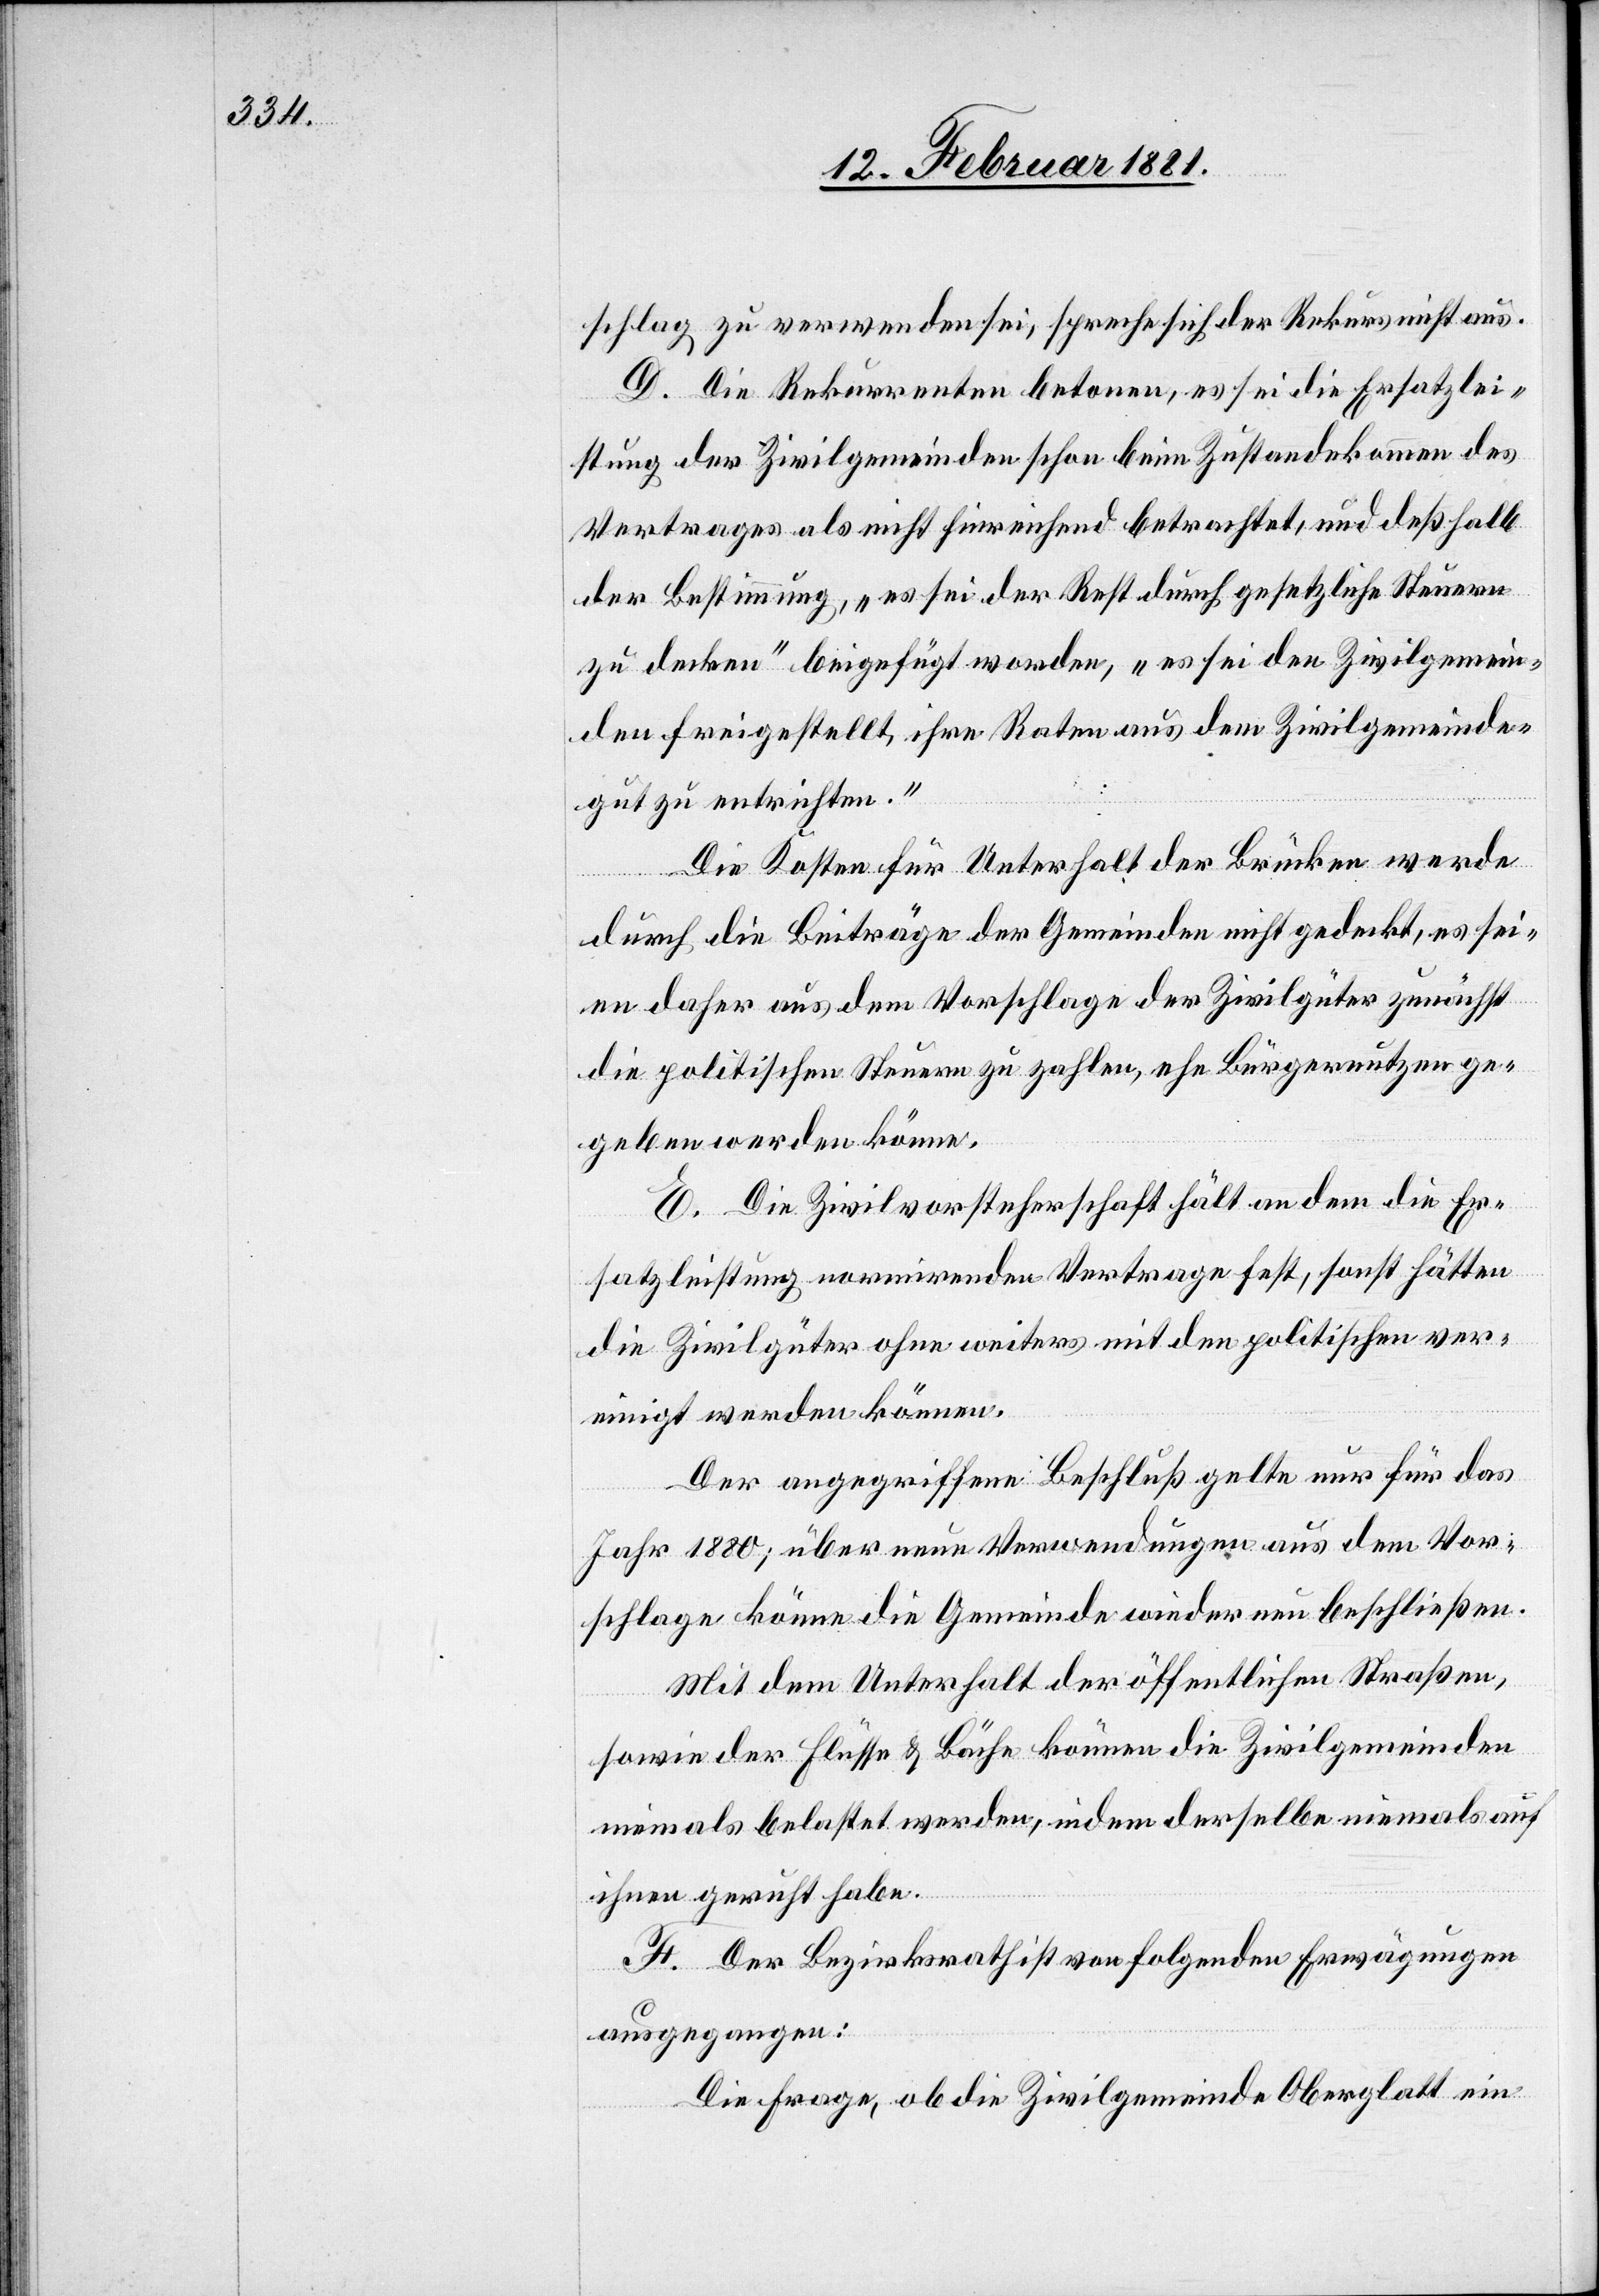
schlag zu verwenden sei, spreche sich der Rekurs nicht aus.
D. Die Rekurrenten betonen, es sei die Ersatzlei¬
stung der Zivilgemeinden schon beim Zustandekommen des
Vertrages als nicht hinreichend betrachtet, und deßhalb
der Bestimmung, „es sei der Rest durch gesetzliche Steuern
zu decken“ beigefügt worden, „es sei den Zivilgemein¬
den freigestellt, ihre Raten aus dem Zivilgemeinde¬
gut zu entrichten.“
Die Kosten für Unterhalt der Brücken werde
durch die Beiträge der Gemeinden nicht gedeckt, es sei¬
en daher aus dem Vorschlage der Zivilgüter zunächst
die politischen Steuern zu zahlen, ehe Bürgernutzen ge¬
geben werden könne.
E. Die Zivilvorsteherschaft hält an dem die Er¬
satzleistung normirenden Vertrage fest, sonst hätten
die Zivilgüter ohne weiters mit den politischen ver¬
einigt werden können.
Der angegriffene Beschluß gelte nur für das
Jahr 1880; über neue Verwendungen aus dem Vor¬
schlage könne die Gemeinde wieder neu beschließen.
Mit dem Unterhalt der öffentlichen Straßen,
sowie der Flüsse & Bäche können die Zivilgemeinden
niemals belastet werden, indem derselbe niemals auf
ihnen geruht habe.
F. Der Bezirksrath ist von folgenden Erwägungen
ausgegangen:
Die Frage, ob die Zivilgemeinde Oberglatt ein